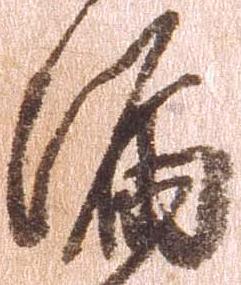
漏